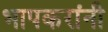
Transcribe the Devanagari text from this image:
भापकरांनी